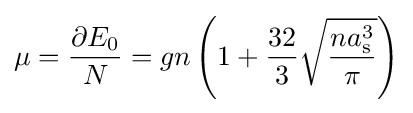
\mu ={\frac {\partial E_{0}}{N}}=gn\left(1+{\frac {32}{3}}{\sqrt {\frac {na_{\mathrm {s} }^{3}}{\pi }}}\right)